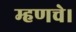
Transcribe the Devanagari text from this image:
म्हणचे।